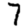
Digit: 7